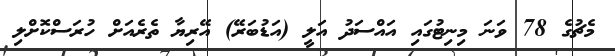
މެޗުގެ 78 ވަނަ މިނިޓުގައި އައްސަދު އަލީ (އަޑުބަރޭ) އޭރިޔާ ތެރެއަށް ހުރަސްކޮށްލި